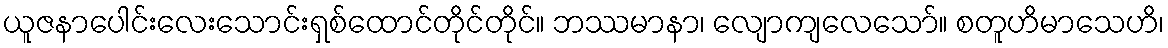
ယူဇနာပေါင်းလေးသောင်းရှစ်ထောင်တိုင်တိုင်။ ဘဿမာနာ၊ လျောကျလေသော်။ စတူဟိမာသေဟိ၊